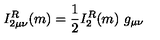
I _ { 2 \mu \nu } ^ { R } ( m ) = \frac { 1 } { 2 } I _ { 2 } ^ { R } ( m ) \ g _ { \mu \nu }